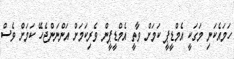
ހަމައެކަނި މަގަކީ އެމްޑީޕީ ކަމަށް ވާތީ އެމްޑީޕީން ވެރިކަމަށް އަންނަންޖެހޭ ކަމަށް ވެސް